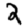
Digit: 2